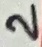
Text: 2